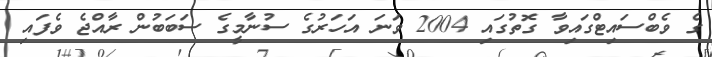
ގެ ވެބްސައިޓްގައިވާ ގޮތުގައި 2004 ވަނަ އަހަރުގެ ސުނާމީގެ ސަބަބުން ރާއްޖެ ވެފައި